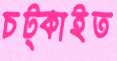
চট্‌কাইত